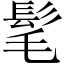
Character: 髦